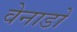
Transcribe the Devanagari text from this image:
वेनाडो